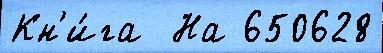
Кн'и́га  На 650628